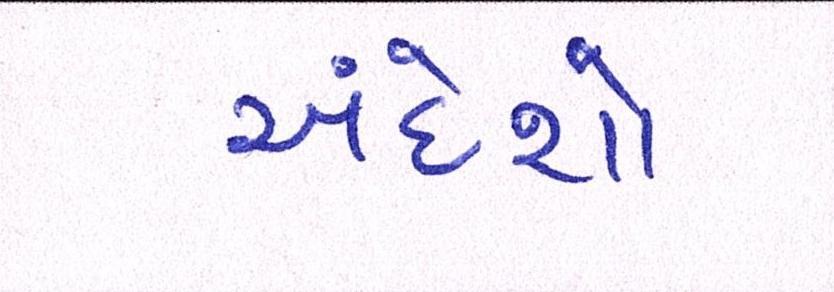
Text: અંદેશો